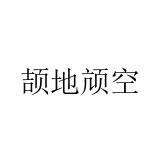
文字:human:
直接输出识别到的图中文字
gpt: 颉地颃空